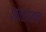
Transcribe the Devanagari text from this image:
पातसाहन